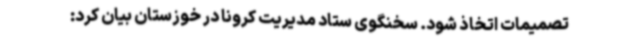
تصمیمات اتخاذ شود. سخنگوی ستاد مدیریت کرونا در خوزستان بیان کرد: